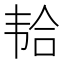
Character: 𱂆